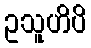
ဥသူဟိပိ